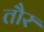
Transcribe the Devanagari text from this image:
तौर